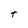
Character: t